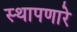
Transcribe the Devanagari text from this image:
स्थापणारे